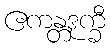
ဧကန္တဒုက္ခီ